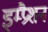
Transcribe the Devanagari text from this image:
इम्प्रैशन